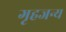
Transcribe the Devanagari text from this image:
गृहजन्य